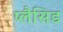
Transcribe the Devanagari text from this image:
प्लैसिड